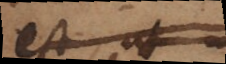
est, ut